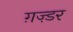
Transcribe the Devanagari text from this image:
ग़ज़्डर